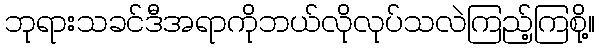
ဘုရားသခင်ဒီအရာကိုဘယ်လိုလုပ်သလဲကြည့်ကြစို့။